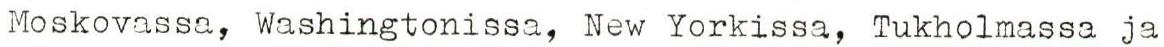
Moskovassa, Washingtonissa, New Yorkissa, Tukholmassa ja